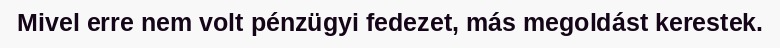
Mivel erre nem volt pénzügyi fedezet, más megoldást kerestek.